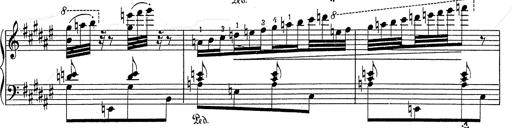
Title: Hungarian Rhapsody No.2
Composer: Franz Liszt
Key: C-sharp minor